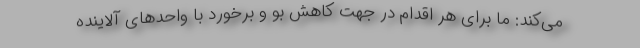
می‌کند: ما برای هر اقدام در جهت کاهش بو و برخورد با واحدهای آلاینده